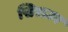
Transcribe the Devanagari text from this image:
सिराउर